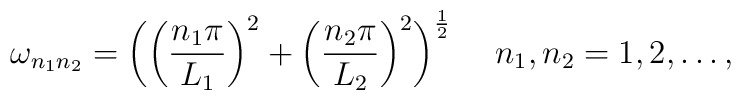
\omega_{n_{1}n_{2}}=\biggl(\biggl(\frac{n_{1}\pi}{L_{1}} \biggr)^{2}+ \biggl(\frac{n_{2}\pi}{L_{2}}\biggr)^{2}\biggr)^ {\frac{1}{2}}~~~~ n_{1},n_{2}=1,2,\dots,